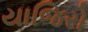
યાજિરો